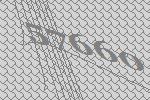
57660